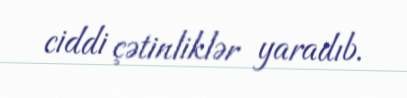
ciddi çətinliklər yaradıb.